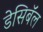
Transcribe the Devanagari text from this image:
डेसिबॅल